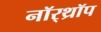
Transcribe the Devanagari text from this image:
नॉर्‌थ्रॉप